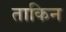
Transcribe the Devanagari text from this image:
ताकिन